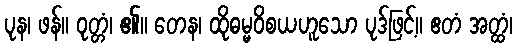
ပုန၊ ဖန်။ ဝုတ္တံ၊ ၏။ တေန၊ ထိုဓမ္မဝိစယဟူသော ပုဒ်ဖြင့်။ ဧတံ အတ္ထံ၊